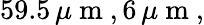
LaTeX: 59.5\, \mu\mathrm{~m~},6\, \mu\mathrm{~m~},